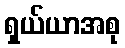
ရှယ်ယာအစု